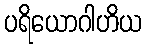
ပရိယောဂါဟိယ